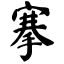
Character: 搴